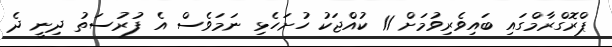
ޕްރޮގްރާމްގައި ބައިވެރިވުމަށް 11 ކުއްޖަކު ހުށަހެޅި ނަމަވެސް އެ ފުރުސަތު ދިނީ ދެ